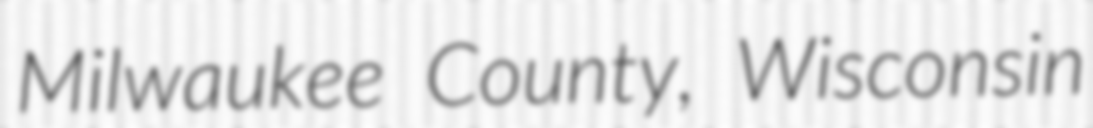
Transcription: Milwaukee County, Wisconsin